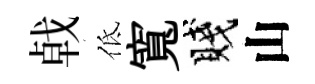
㦸低寬賤山